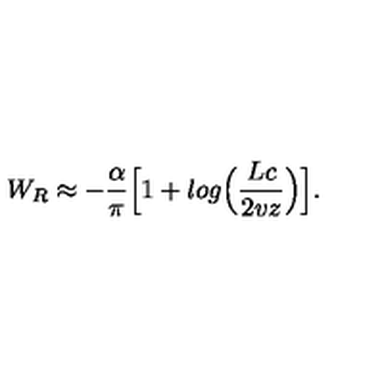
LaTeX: W _ { R } \approx - { \frac { \alpha } { \pi } } \Bigl [ 1 + l o g \Bigl ( { \frac { L c } { 2 v z } } \Bigr ) \Bigr ] .